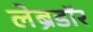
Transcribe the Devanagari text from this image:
लेब्रडॉर